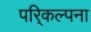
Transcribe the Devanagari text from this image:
परि्कल्पना